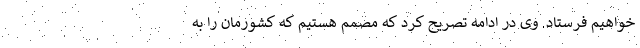
خواهیم فرستاد. وی در ادامه تصریح کرد که مصمم هستیم که کشورمان را به